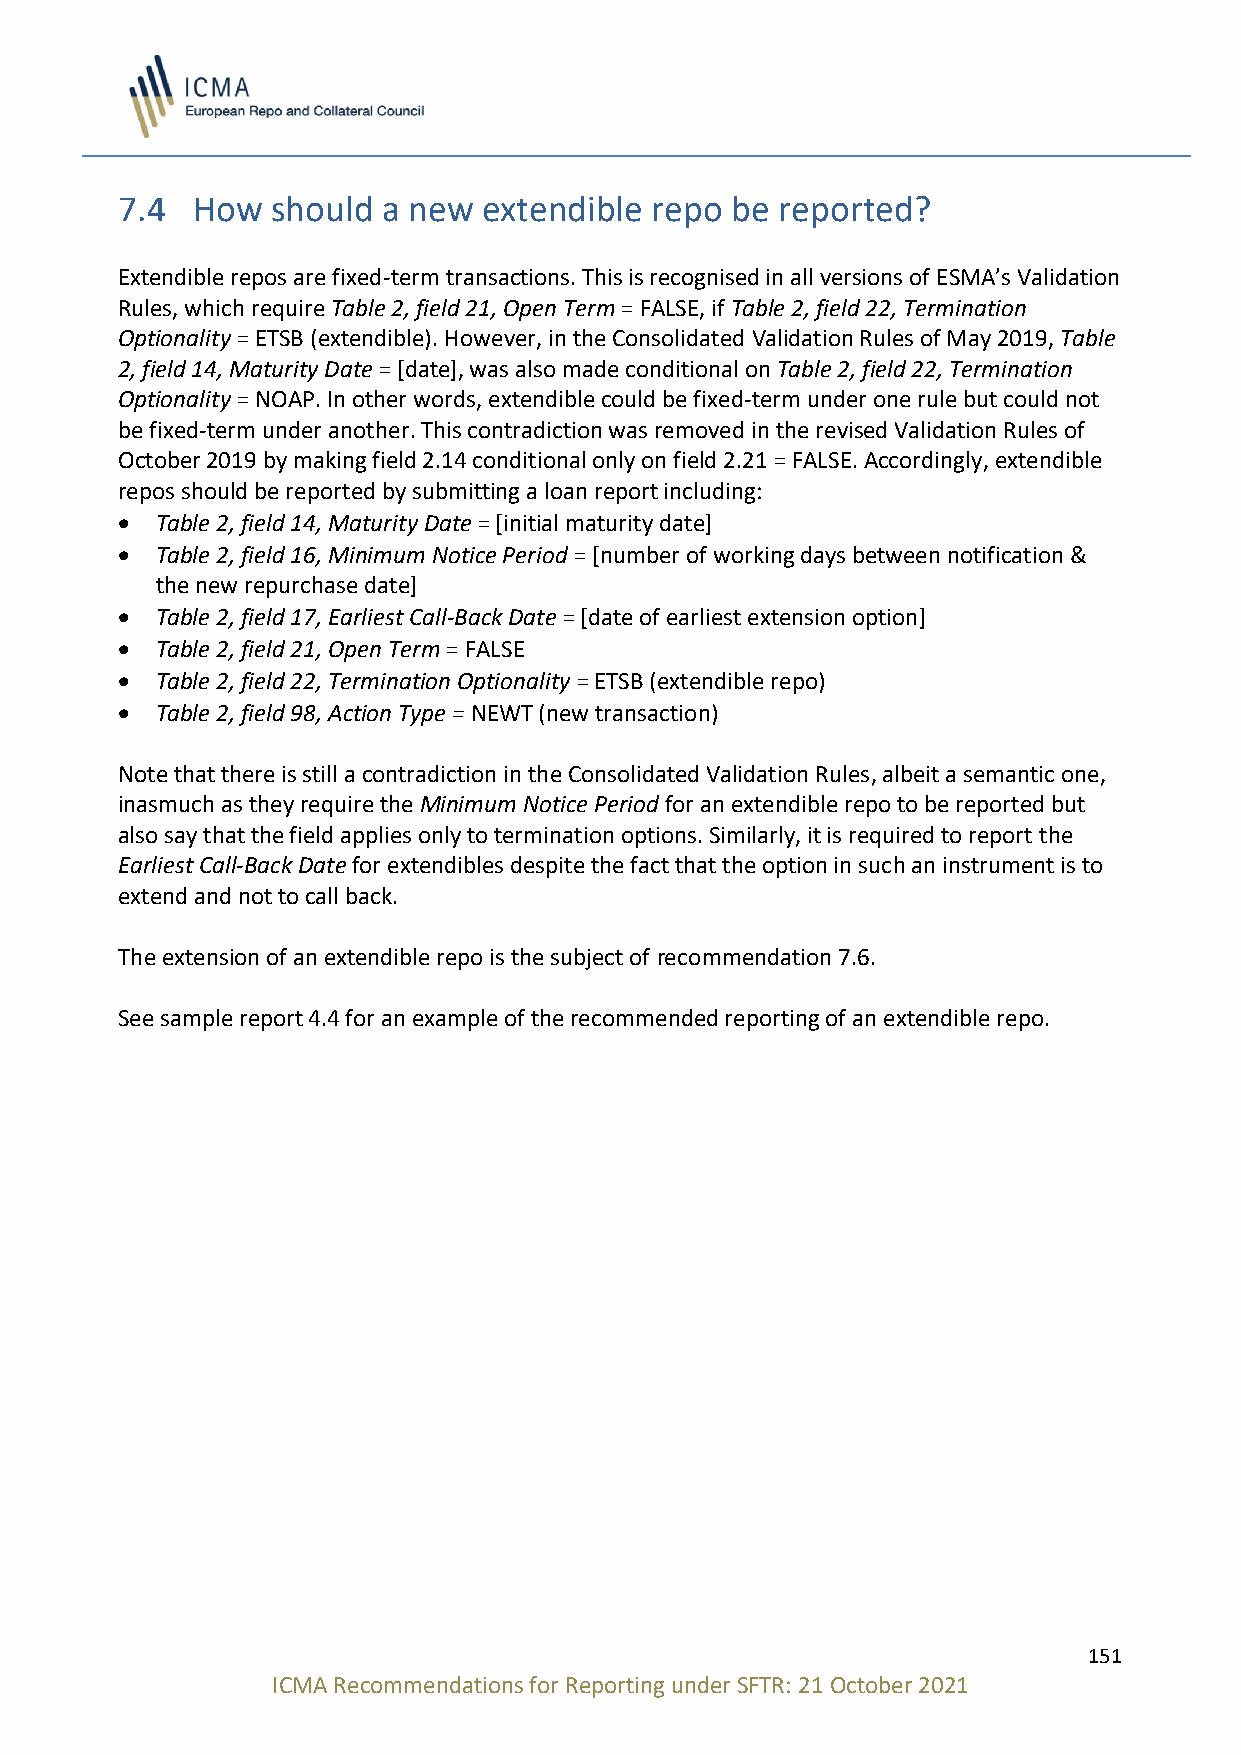
7.4  How  should a new  extendible repo be  reported?
 Extendible repos are fixed-term transactions. This is recognised in all versions of ESMA’s Validation
 Rules, which require Table 2, field 21, Open Term = FALSE, if Table 2, field 22, Termination
 Optionality = ETSB (extendible). However, in the Consolidated Validation Rules of May 2019, Table
 2, field 14, Maturity Date = [date], was also made conditional on Table 2, field 22, Termination
 Optionality = NOAP. In other words, extendible could be fixed-term under one rule but could not
 be fixed-term under another. This contradiction was removed in the revised Validation Rules of
 October 2019 by making field 2.14 conditional only on field 2.21 = FALSE. Accordingly, extendible
 repos should be reported by submitting a loan report including:
 • Table 2, field 14, Maturity Date = [initial maturity date]
 • Table 2, field 16, Minimum Notice Period = [number of working days between notification &
 the new repurchase date]
 • Table 2, field 17, Earliest Call-Back Date = [date of earliest extension option]
 • Table 2, field 21, Open Term = FALSE
 • Table 2, field 22, Termination Optionality = ETSB (extendible repo)
 • Table 2, field 98, Action Type = NEWT (new transaction)
 Note that there is still a contradiction in the Consolidated Validation Rules, albeit a semantic one,
 inasmuch as they require the Minimum Notice Period for an extendible repo to be reported but
 also say that the field applies only to termination options. Similarly, it is required to report the
 Earliest Call-Back Date for extendibles despite the fact that the option in such an instrument is to
 extend and not to call back.
 The extension of an extendible repo is the subject of recommendation 7.6.
 See sample report 4.4 for an example of the recommended reporting of an extendible repo.
 151
 ICMA Recommendations for Reporting under SFTR: 21 October 2021